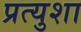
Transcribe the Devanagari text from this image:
प्रत्युशा